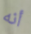
أنه